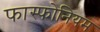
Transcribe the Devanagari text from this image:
फास्फोनियम